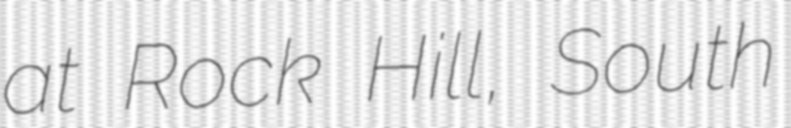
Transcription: at Rock Hill, South